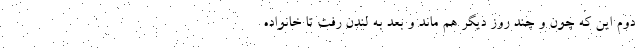
دوم این که چون و چند روز دیگر هم ماند و بعد به لندن رفت تا خانواده